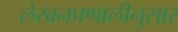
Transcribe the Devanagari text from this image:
लेखनप्रणालीनुसार